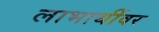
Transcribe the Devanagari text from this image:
लाभार्थीवर